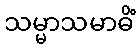
သမ္မာသမာဓိံ